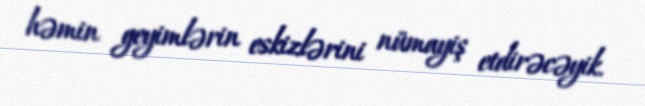
həmin geyimlərin eskizlərini nümayiş etdirəcəyik.